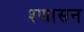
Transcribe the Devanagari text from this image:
श्णासन